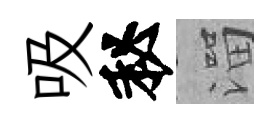
吸秘溜